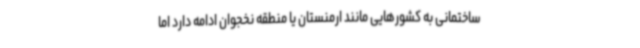
ساختمانی به کشورهایی مانند ارمنستان یا منطقه نخجوان ادامه دارد اما